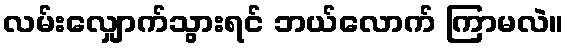
လမ်းလျှောက်သွားရင် ဘယ်လောက် ကြာမလဲ။